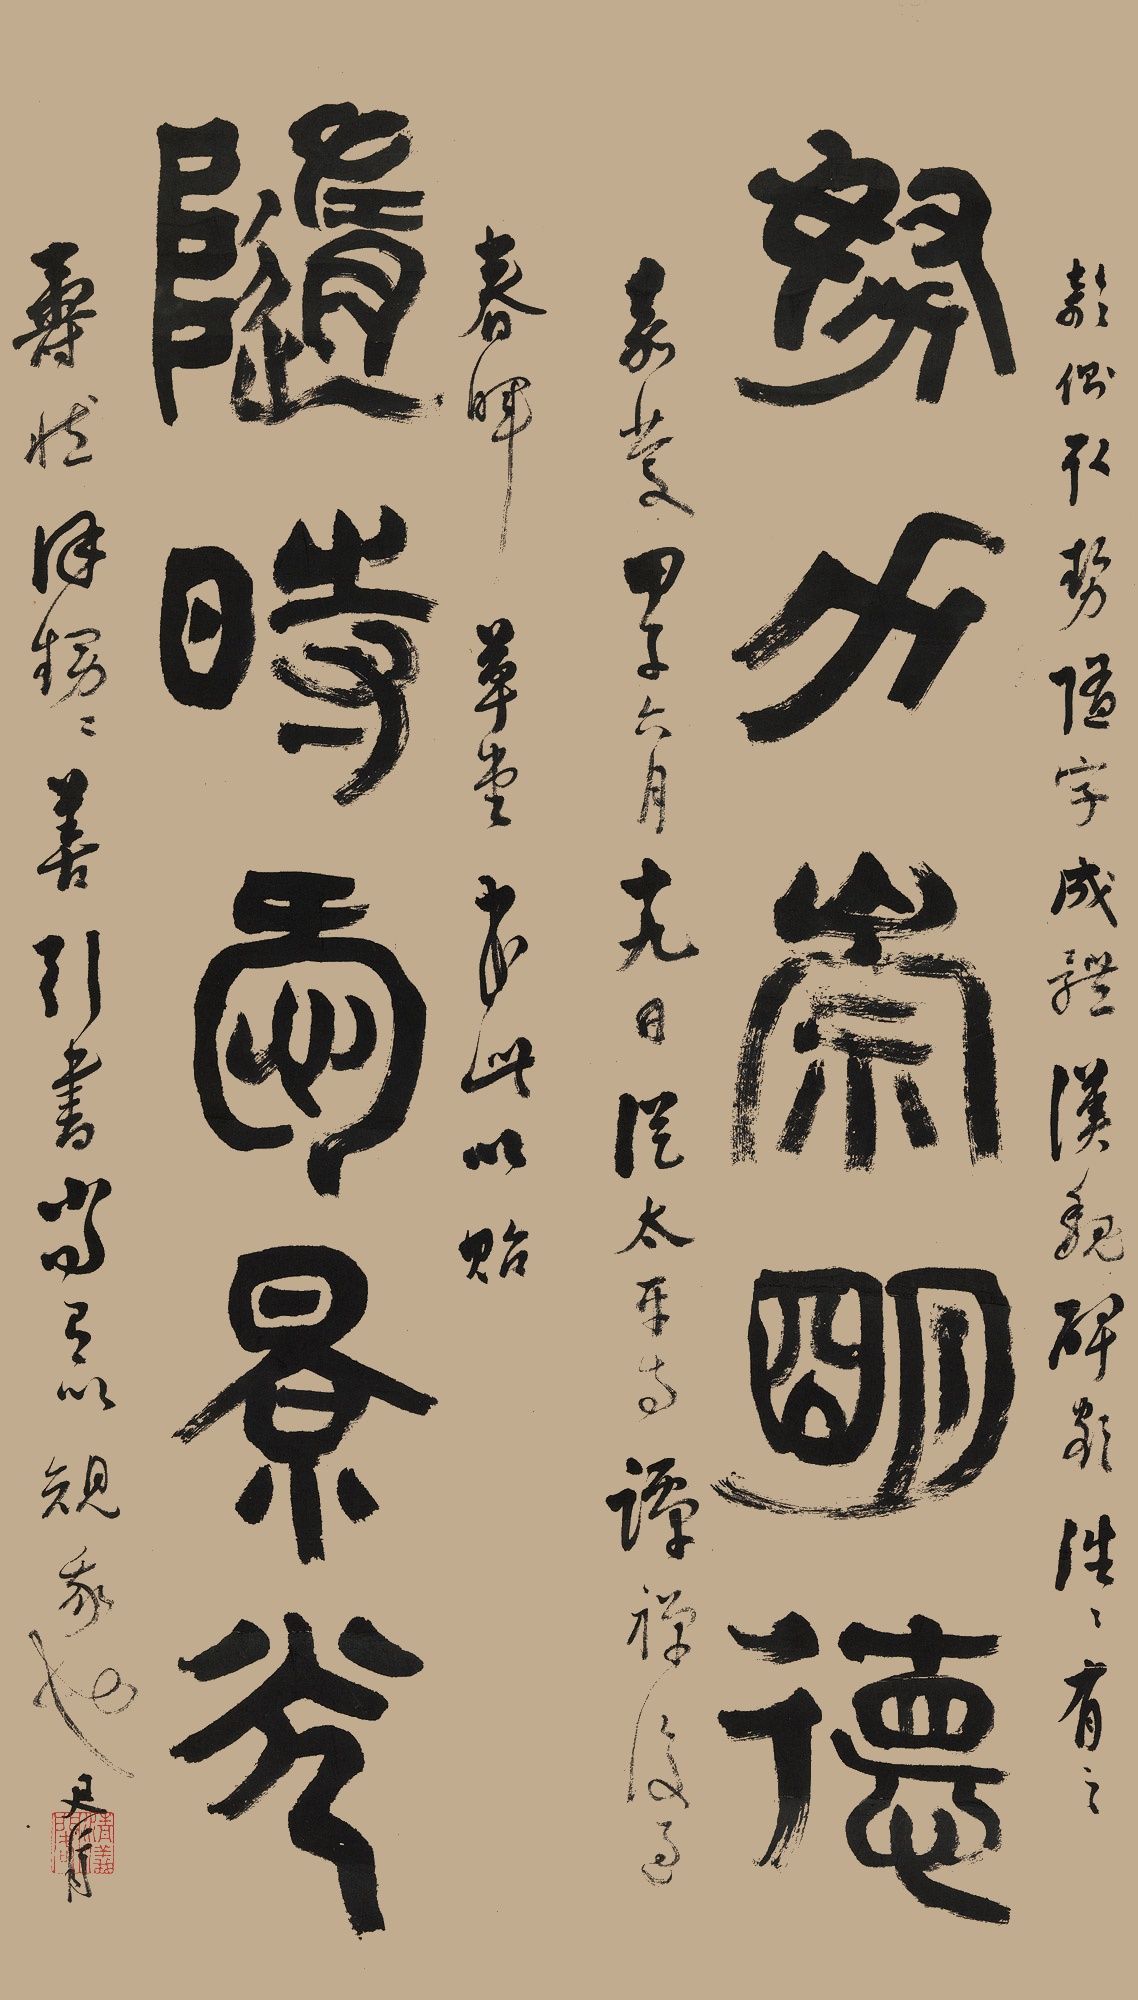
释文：努力崇明德，随时爱景光。欹侧取势随字成体，汉魏碑额往往有之。嘉庆甲子六月十九日，从太平寺谭禅后过春晖草堂，书此以贻寿臧徐甥，甥善引书，当有以规我也。